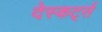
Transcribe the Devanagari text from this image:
देस्कर्ट्स